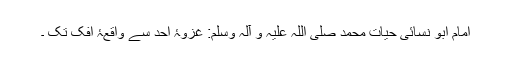
امام ابو نسائی حیات محمد صلی اللہ علیہ و آلہ وسلم: غزوۂ احد سے واقعۂ افک تک ۔